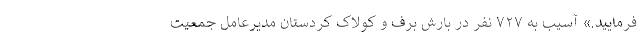
فرمایید.» آسیب به ۷۲۷ نفر در بارش برف و کولاک کردستان مدیرعامل جمعیت